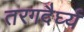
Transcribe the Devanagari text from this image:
तरगदैर्घ्य